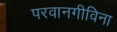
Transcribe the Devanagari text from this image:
परवानगीविना